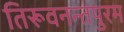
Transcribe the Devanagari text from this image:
तिरूवनन्तपुरम